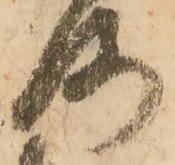
洛